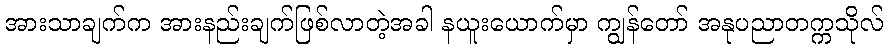
အားသာချက်က အားနည်းချက်ဖြစ်လာတဲ့အခါ နယူးယောက်မှာ ကျွန်တော် အနုပညာတက္ကသိုလ်